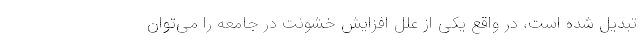
تبدیل شده است، در واقع یکی از علل افزایش خشونت در جامعه را می‌توان